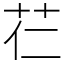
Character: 芢